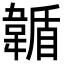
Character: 𩏋